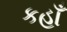
કહાઁ